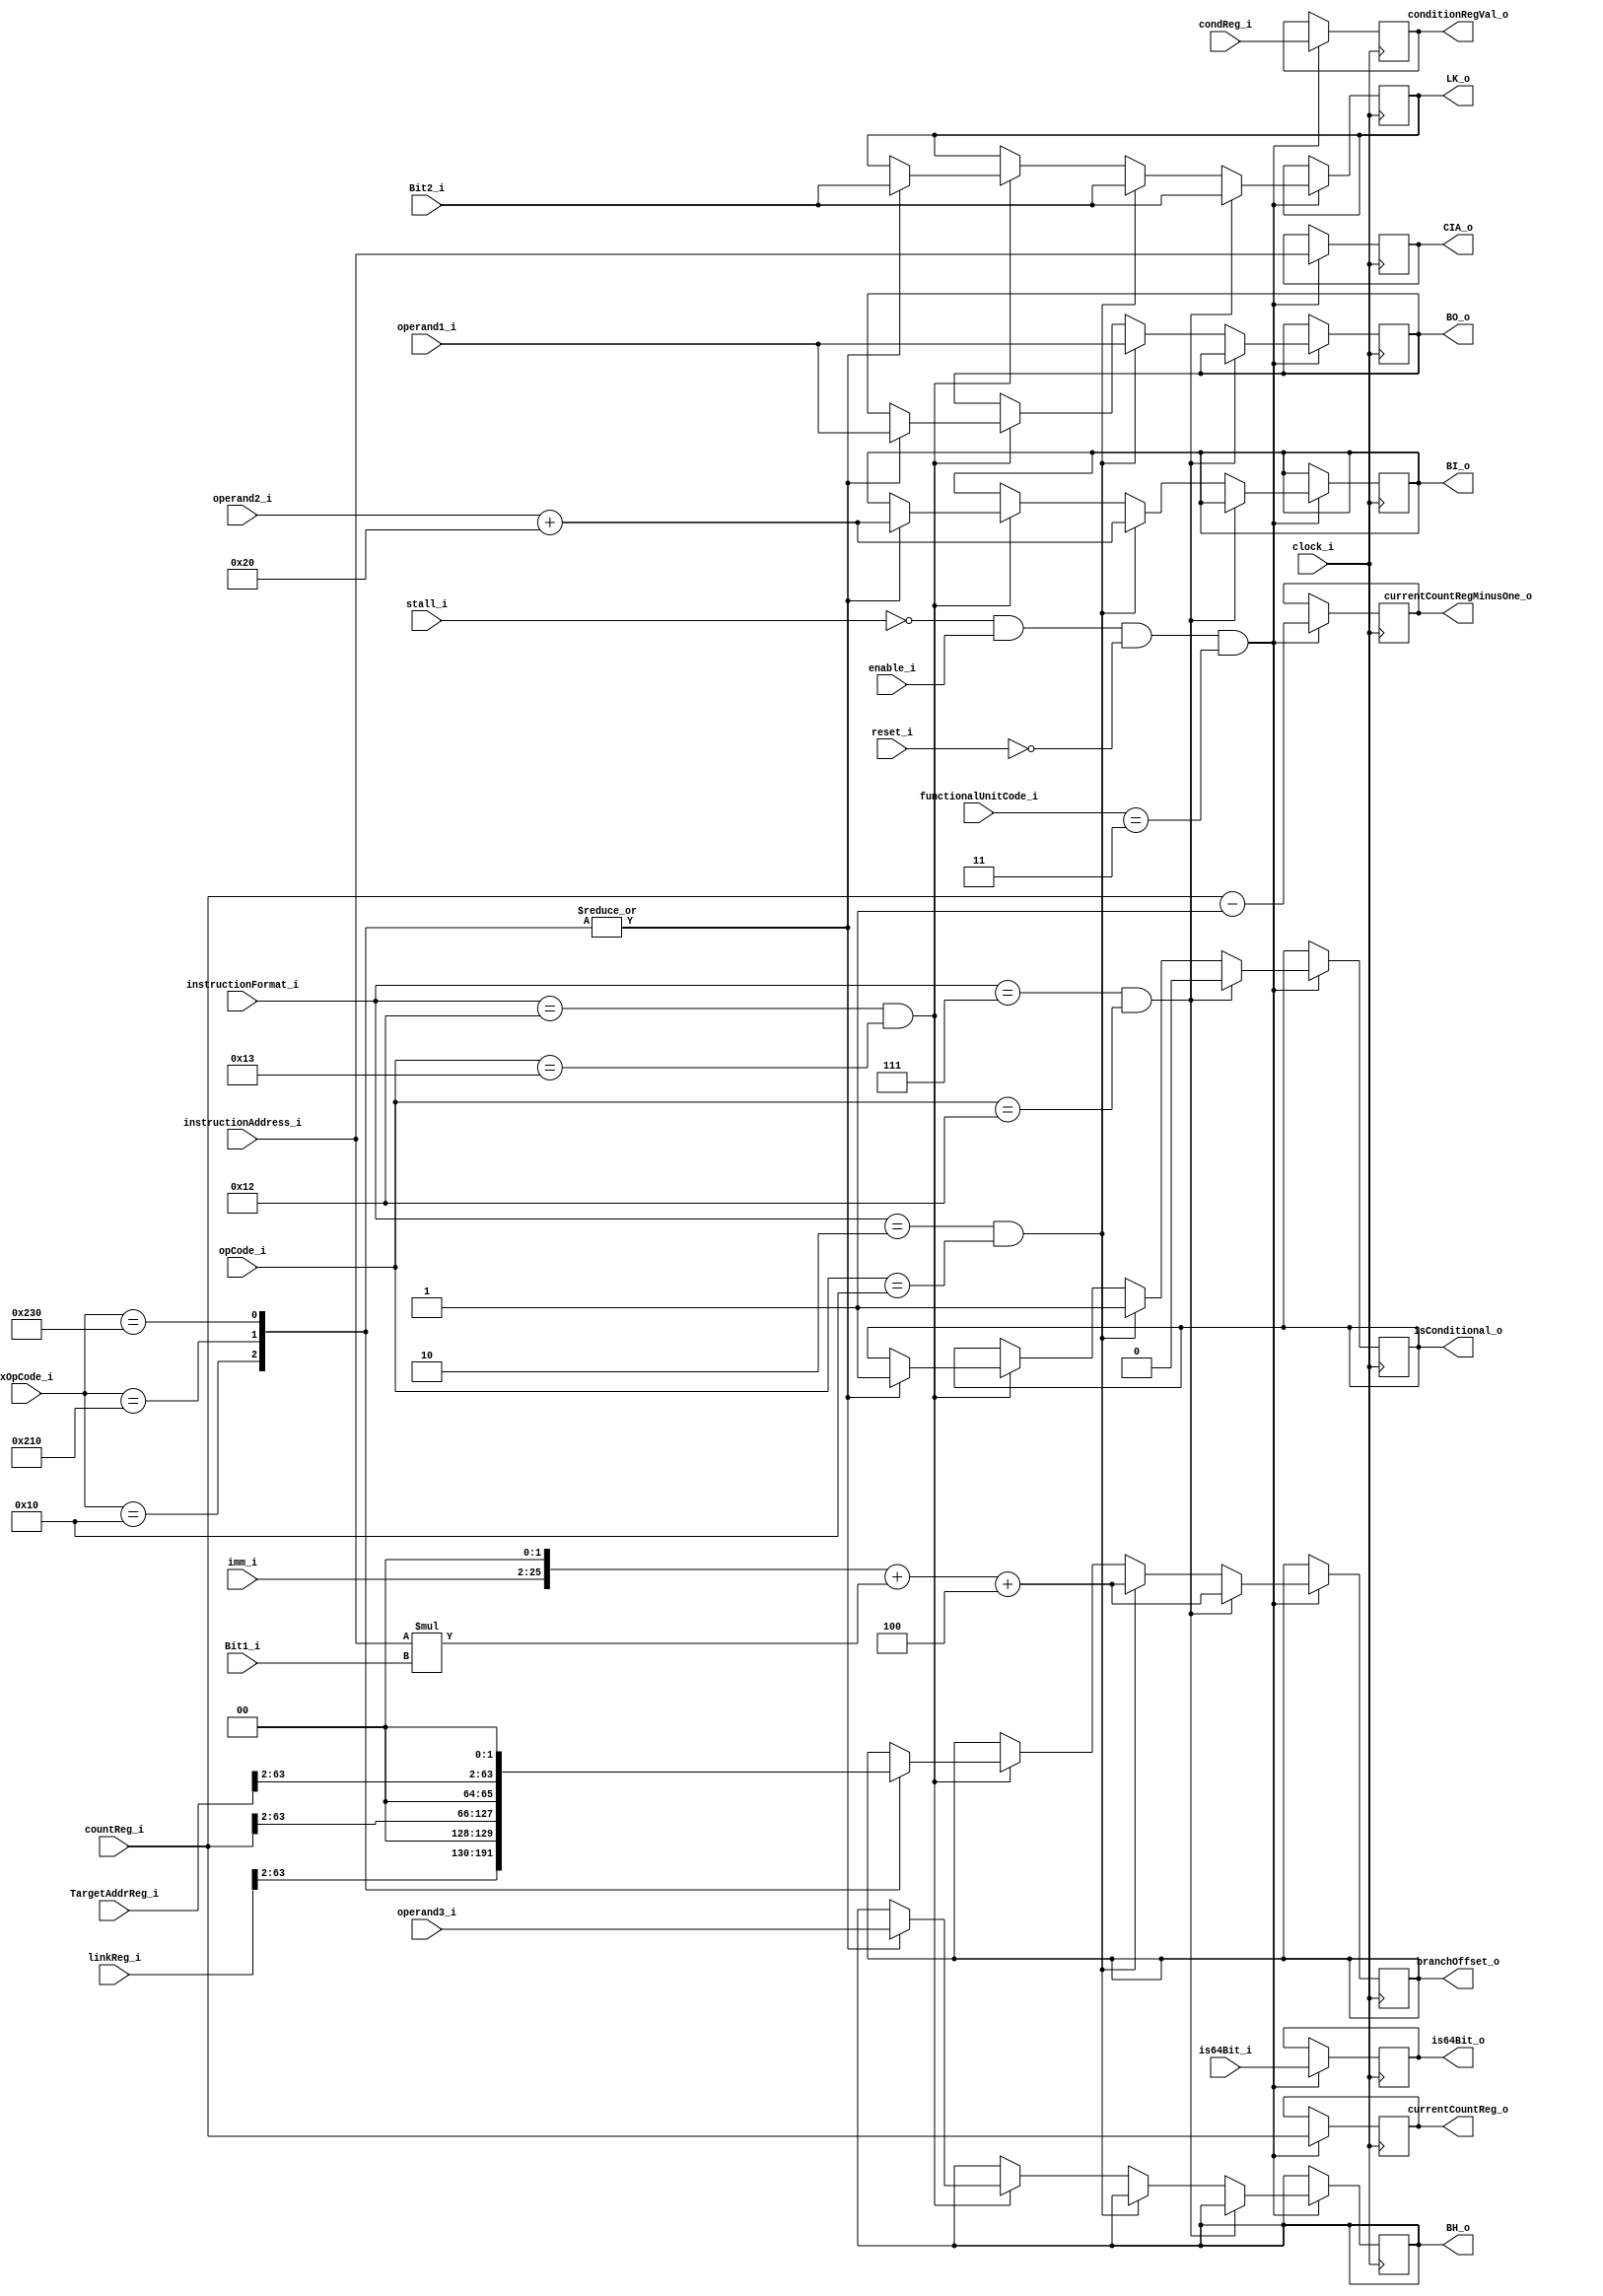
`timescale 1ns / 1ps
//////////////////////////////////////////////////////////////////////////////////
//first stage of the branch unit. This parses the inputs and figures out what needs to be done (kind of like a late stage decoder)
//////////////////////////////////////////////////////////////////////////////////
module BranchStage1#(
//operating parameters
parameter resetVector = 0,
//data widths
parameter immWith = 24, parameter regWidth = 5, parameter numRegs = 2**regWidth, parameter formatIndexRange = 5, parameter addressWidth = 64, parameter opcodeWidth = 6, parameter xOpCodeWidth = 10,
//functional unit codes
parameter FXUnitCode = 0, parameter FPUnitCode = 1, parameter LdStUnitCode = 2, parameter BranchUnitCode = 3, parameter TrapUnitCode = 4,
//Instruction formats
parameter A = 1, parameter B = 2, parameter D = 3, parameter DQ = 4, parameter DS = 5, parameter DX = 6, parameter I = 7, parameter M = 8,
parameter MD = 9, parameter MDS = 10, parameter SC = 11, parameter VA = 12, parameter VC = 13, parameter VX = 14, parameter X = 15, parameter XFL = 16,
parameter XFX = 17, parameter XL = 18, parameter XO = 19, parameter XS = 20, parameter XX2 = 21, parameter XX3 = 22, parameter XX4 = 23, parameter Z22 = 24,
parameter Z23 = 25, parameter INVALID = 0
)(
	//command
	input wire clock_i,
	input wire reset_i,
	input wire stall_i,
	input wire enable_i,
	//data in
	//registers
	input wire is64Bit_i,
	input wire [0:addressWidth-1] countReg_i, linkReg_i, TargetAddrReg_i,
	//instruction data
	input wire [32:63] condReg_i,
	input wire [0:4] operand1_i, operand2_i,
	input wire [0:1] operand3_i,	
	input wire [0:immWith-1] imm_i,
	input wire Bit1_i, Bit2_i,
	input wire [0:2] functionalUnitCode_i,
	input wire [0:63] instructionAddress_i,
	input wire [0:opcodeWidth-1] opCode_i,
	input wire [0:xOpCodeWidth-1] xOpCode_i,
	input wire [0:formatIndexRange-1] instructionFormat_i,
	//data out
	output reg isConditional_o,
	output reg [0:4] BO_o,
	output reg [0:5] BI_o,
	output reg [0:1] BH_o,
	output reg [32:addressWidth-1] conditionRegVal_o,
	output reg LK_o,
	output reg [0:addressWidth-1] CIA_o,
	output reg [0:addressWidth-1] branchOffset_o,
	output reg [0:addressWidth-1] currentCountReg_o, currentCountRegMinusOne_o, 
	output reg is64Bit_o	
    );
	
	//stage 1, parse the branch instruction and check if it's conditional or unconditional
	always @(posedge clock_i)
	begin
		if(stall_i == 0 && enable_i == 1 && reset_i == 0 && functionalUnitCode_i == BranchUnitCode)
		begin				
			//update CPU and instruction state
			CIA_o <= instructionAddress_i;
			is64Bit_o <= is64Bit_i;
			conditionRegVal_o <= condReg_i;
			currentCountReg_o <= countReg_i; currentCountRegMinusOne_o <= countReg_i - 1;
			//unconditional branch
			if(instructionFormat_i == I && opCode_i == 18)
			begin					
				isConditional_o <= 0;//set instruction to be a unconditional branch
				//offset + the CIA * AA + instruction size. If AA == 0 then it's an absalute offset + 4 else it's relative
				branchOffset_o <= $signed({imm_i, 2'b00}) + (instructionAddress_i * Bit1_i) + 4;
				LK_o <= Bit2_i;
			end
			
			//branch conditional
			else if(instructionFormat_i == B && opCode_i == 16)
			begin
				isConditional_o <= 1;
				BO_o <= operand1_i; BI_o <= operand2_i + 32;
				branchOffset_o <= $signed({imm_i, 2'b00}) + (instructionAddress_i * Bit1_i) + 4;
				LK_o <= Bit2_i;					
			end
		
			else if(instructionFormat_i == XL && opCode_i == 19)
			begin
				case(xOpCode_i)
					16: begin//Branch Conditional to Link Register
						isConditional_o <= 1;
						BO_o <= operand1_i; BI_o <= operand2_i + 32; BH_o <= operand3_i;
						branchOffset_o <= {linkReg_i[0:61],2'b00};//offset to the link reg (4 Byte aligned)
						LK_o <= Bit2_i;
					end
					528: begin//Branch Conditional to Count Register
						isConditional_o <= 1;
						BO_o <= operand1_i; BI_o <= operand2_i + 32; BH_o <= operand3_i;
						branchOffset_o <= {countReg_i[0:61],2'b00};//offset to the count reg (4 Byte aligned)
						LK_o <= Bit2_i;
					end
					560: begin//Branch Conditional to TAR
						isConditional_o <= 1;
						BO_o <= operand1_i; BI_o <= operand2_i + 32; BH_o <= operand3_i;
						branchOffset_o <= {TargetAddrReg_i[0:61],2'b00};//offset to the TAR (4 Byte aligned)
						LK_o <= Bit2_i;
					end
				endcase
			end
					/* TODO: Move to a Condition Register functional Unit
					conditionRegBI_otIdx_o <= operand1_i[63-:5];
					if(instructionFormat_i == XL && opCode_i == 19 && functionalUnitCode_i == CRUnitCode)
					begin
						conditionRegBI_otIdx_o <= operand1_i[63-:5];
						case(xOpCode_i)
						257: begin//condition reg AND
							conditionRegBI_ot_o <= condReg_i[operand2_i[63-:5] & condReg_i[operand3_i[63-:5];
						end
						449: begin//condition reg OR
							conditionRegBI_ot_o <= condReg_i[operand2_i[63-:5] | condReg_i[operand3_i[63-:5];
						end
						225: begin//condition reg NAND
							conditionRegBI_ot_o <= condReg_i[operand2_i[63-:5] ~& condReg_i[operand3_i[63-:5];
						end

						193: begin//condition reg XOR 
							conditionRegBI_ot_o <= condReg_i[operand2_i[63-:5] ^ condReg_i[operand3_i[63-:5];							
						end
						33: begin//condition reg NOR 
							conditionRegBI_ot_o <= condReg_i[operand2_i[63-:5] ~| condReg_i[operand3_i[63-:5];	
						end
						129:begin//condition reg AND with Compliment
							conditionRegBI_ot_o <= condReg_i[operand2_i[63-:5] & (~condReg_i[operand3_i[63-:5]);						
						end
						289: begin//condition reg Equivelent
							conditionRegBI_ot_o <= ~(condReg_i[operand2_i[63-:5] ^ condReg_i[operand3_i[63-:5]);	
						end
						417: begin//condition reg OR with Compliment
							conditionRegBI_ot_o <= condReg_i[operand2_i[63-:5] | (~condReg_i[operand3_i[63-:5]);
						end
						
						// This could be implemented in the reg file
						0: begin//move condition reg field
							//move one of the groups of 4 BI_ots from one CR field to another
							//Operand 1 indicates the destination, operand 2 indicates the field to copy.
						end
						default: begin
							//Throw Error
						end
					end
					*/
			/*System call instructions not implemented
			else if(instructionFormat_i == SC)
			begin
			
			end
			*/
		end
	end
endmodule